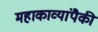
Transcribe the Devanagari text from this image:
महाकाव्यांपैकी